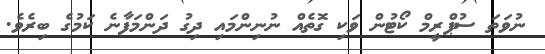
ނުވަތަ ސުޕްރީމް ކޯޓުން ވަކި ގޮތެއް ނުނިންމައި ދިގު ދަންމަފާނެ ކަމުގެ ބިރެވެ.